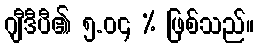
ဂျီဒီပီ၏ ၅.၀၄ % ဖြစ်သည်။